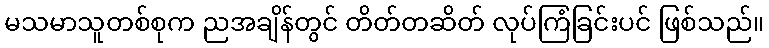
မသမာသူတစ်စုက ညအချိန်တွင် တိတ်တဆိတ် လုပ်ကြံခြင်းပင် ဖြစ်သည်။